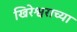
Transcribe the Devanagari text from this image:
खिरेश्वराच्या